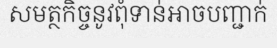
សមត្ថកិច្ចនូវពុំទាន់អាចបញ្ជាក់